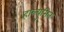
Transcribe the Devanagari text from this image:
हाल्युमित